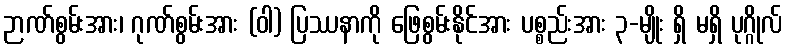
ဉာဏ်စွမ်းအား၊ ဂုဏ်စွမ်းအား (ဝါ) ပြဿနာကို ဖြေစွမ်းနိုင်အား ပစ္စည်းအား ၃-မျိုး ရှိ မရှိ ပုဂ္ဂိုလ်